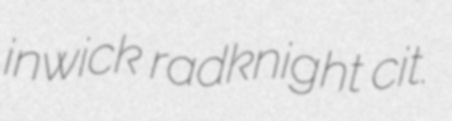
inwick radknight cit.